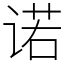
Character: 诺